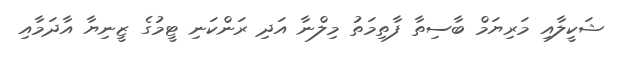
ޝަކީލާއި މަރިޔަމް ބާސިތާ ފާތިމަތު މިލްނާ އަދި ރަންކަނި ޓީމުގެ ޒީނިޔާ އާދަމާއި